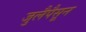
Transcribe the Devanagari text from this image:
जुलैपैसून